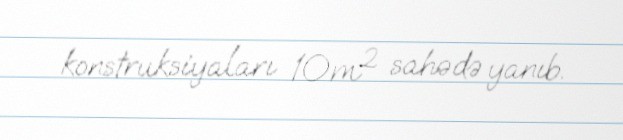
konstruksiyaları 10m² sahədə yanıb.